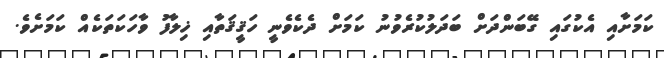
ކަމަށާއި އެކުގައި ގޭބަންދަށް ބަދަލުކުރެވުނު ކަމަށް ދެކެވެނީ ހަޤީޤަތާއި ޚިލާފު ވާހަކަތަކެއް ކަމަށެވެ.